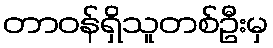
တာဝန်ရှိသူတစ်ဦးမှ